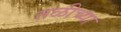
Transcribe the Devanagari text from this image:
तळीच्या